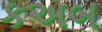
કઅબ